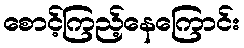
စောင့်ကြည့်နေကြောင်း